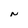
Character: N